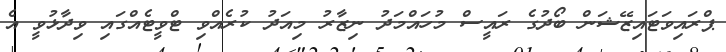
ޕްރައިވަޓައިޒޭޝަން ބޯދުގެ ރައީސް މުހައްމަދު ނިޒާރު މިއަދު ކުރެއްވި ޓްވީޓެއްގައި ވިދާޅުވީ އެ